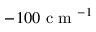
- 1 0 0 \mathrm { ~ c ~ m ~ } ^ { - 1 }